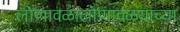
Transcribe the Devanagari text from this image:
लोणावळालोणावळयाच्या